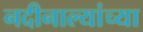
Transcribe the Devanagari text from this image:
नदीनाल्यांच्या